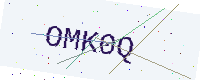
Text: OMK0Q